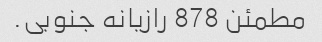
مطمئن 878 رازیانه جنوبی.